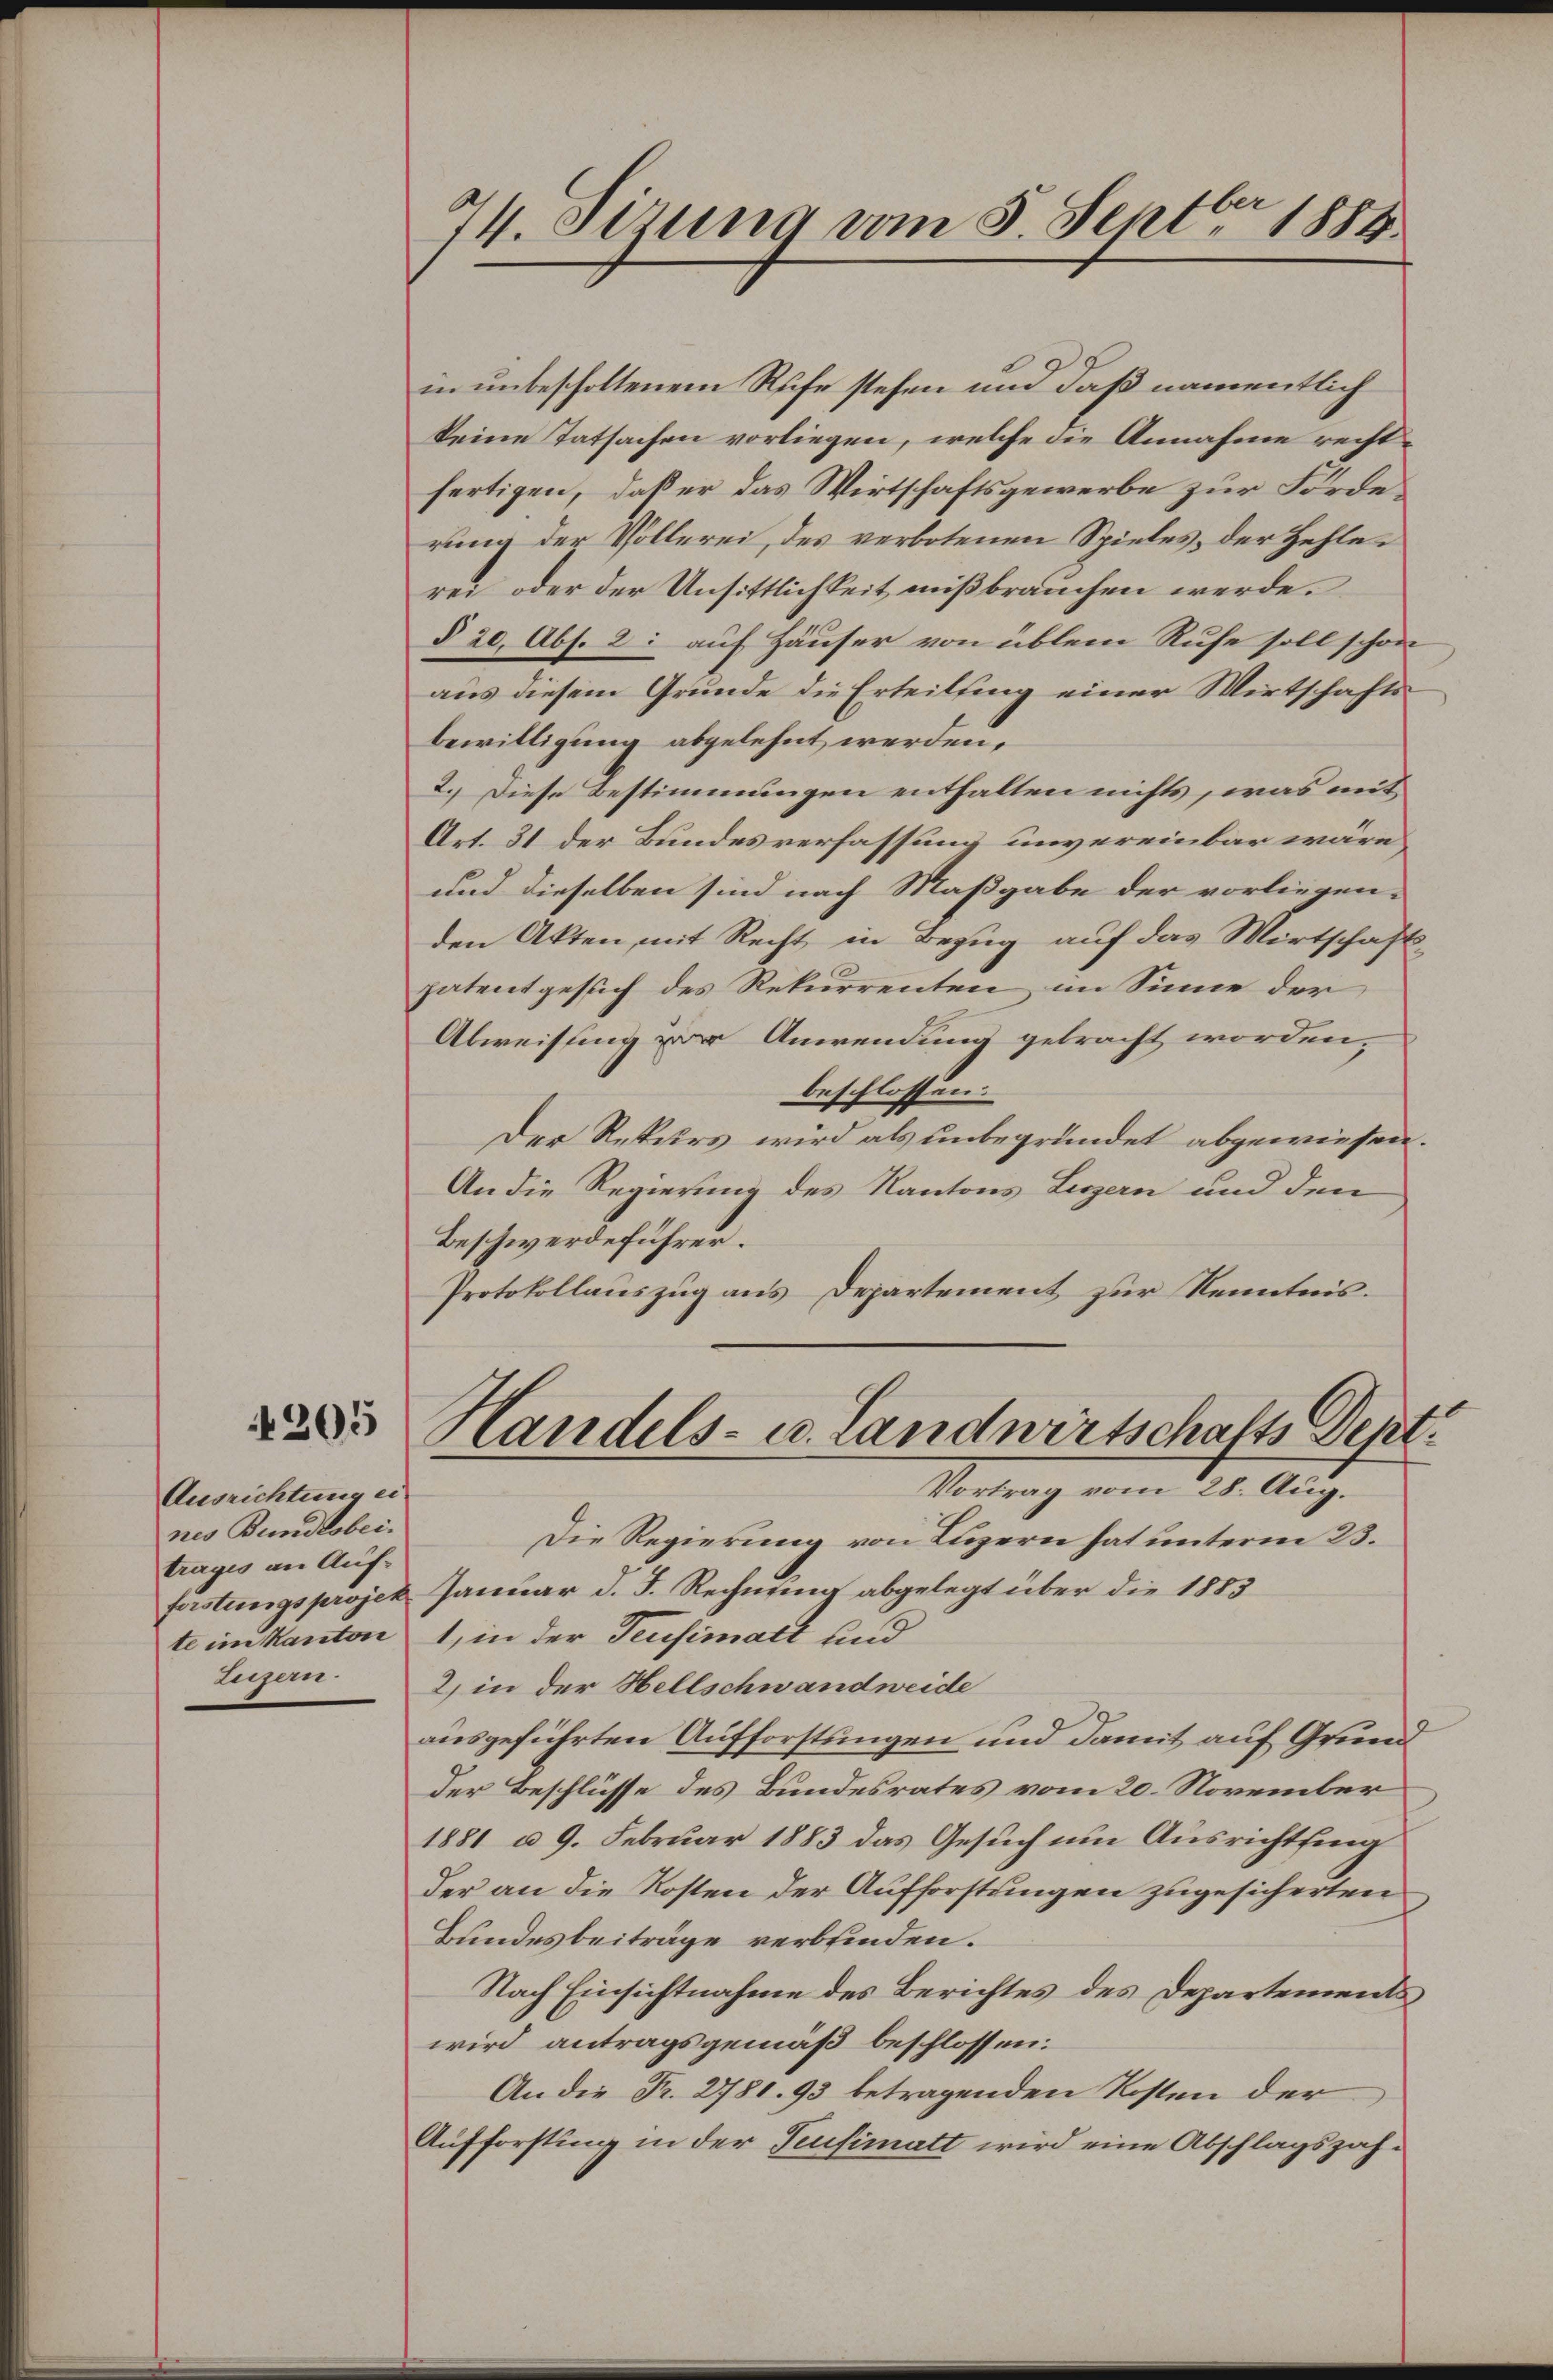
205

Ausrichtung ei
nes Bundesbeitrages an Auf-
ferstungsprojek
te im Kanton
Legen

74. Stzung vom 5. Septbr 1884.

in unbescholtenem Ruhe stehen und daß namentlich
keine Tatsachen vorliegen, welche die Annahme rechtfertigen, daß er das Wirtschaftsgewerbe zur Förderung der Vollerei, des verbotenen Spieles, der Zehlerei oder der Unsittlichkeit mißbrauchen werde.
§ 20, Abs. 2: auf Häuser von üblem Rufe soll schon
aus diesem Grunde die Erteilung einer Wirtschaftsbewilligung abgelehnt werden.
2. Diese Bestimmungen enthalten nichts, was mit
Art. 31 der Bundesverfassung unvereinbar wäre,
und dieselben sind nach Maßgabe der vorliegen-
den Akten, mit Recht in Bezug auf das Wirtschafts-
patentgesuch des Rekurrenten im Sinne der
Abweisung der Anwendung gebracht worden,
beschlossen:
Der Rekurs wird als unbegründet abgewiesen.
An die Regierung des Kantons Luzern und den
Beschwerdeführer.
Protokollauszug aus Departement zur Kenntnis.
Handels- u. Landwirtschafts Dept:
Vortrag vom 28. Aug.
Die Regierung von Luzern hat unterm 23.
Januar d. J. Rechnung abgelegt über die 1883
1, in der Teusimalt und
2) in der Hellschwandweide
ausgeführten Aufforstungen und damit auf Grund
der Beschlüsse des Bundesrates vom 20. November
1881 & 9. Februar 1883 das Gesuch um Ausrichtsing
der an die Kosten der Aufforstungen zugesicherten
Bundesbeiträge verbrinden.
Nach Einsichtnahme des Berichtes des Departements
wird antragsgemäß beschlossen:
An die Fr. 278. 93 betragenden Kosten der
Aufforstung in der Teufimatt wird eine Abschlagszah¬